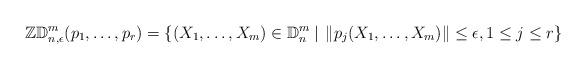
LaTeX: \begin{align*}\mathbb{ZD}_{n,\epsilon}^m(p_1,\ldots,p_r)=\{(X_1,\ldots,X_m)\in \mathbb{D}^m_n\: | \:\: \|p_j(X_1,\ldots,X_m)\|\leq \epsilon, 1\leq j\leq r\}\end{align*}